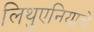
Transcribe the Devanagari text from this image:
लिथुएनियाचे